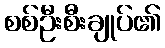
စစ်ဦးစီးချုပ်၏